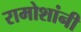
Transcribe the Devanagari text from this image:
रामोशांनी